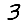
Digit: 3